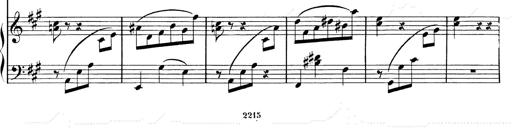
Title: Valse Impromptu
Composer: Emil von Sauer